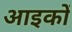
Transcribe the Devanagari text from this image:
आइकों